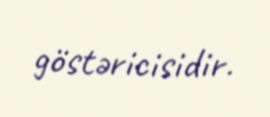
göstəricisidir.